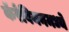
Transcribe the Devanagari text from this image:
कॅरेबियनमध्ये